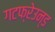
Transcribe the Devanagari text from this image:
गटफ्रेउन्ड